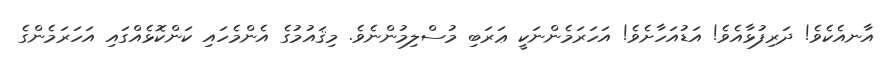
އާނއެކެވެ! ދަރިފުޅާއެވެ! އަޑުއަހާށެވެ! އަހަރަމެންނަކީ ޢަރަބި މުސްލިމުންނެވެ. މިޤައުމުގެ އެންމެހައި ކަންކޮޅެއްގައި އަހަރަމެންގެ